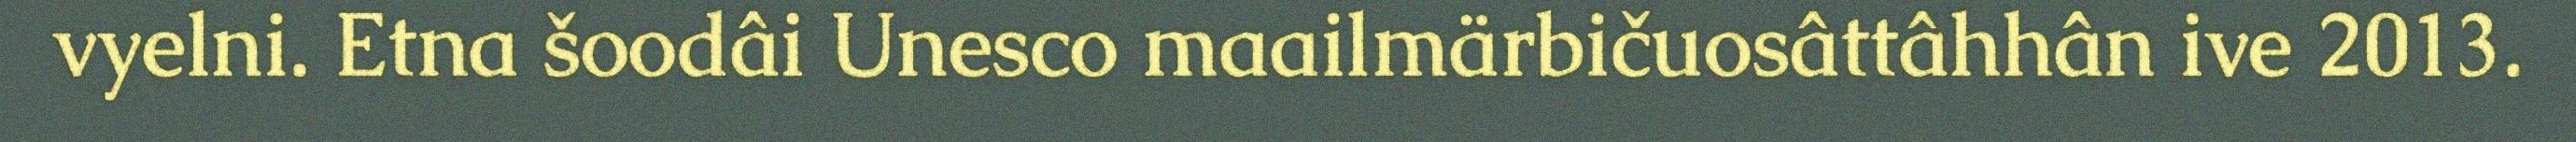
vyelni. Etna šoodâi Unesco maailmärbičuosâttâhhân ive 2013.